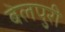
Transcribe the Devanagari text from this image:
बेलपुरी